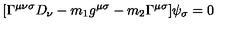
[ \Gamma ^ { \mu \nu \sigma } D _ { \nu } - m _ { 1 } g ^ { \mu \sigma } - m _ { 2 } \Gamma ^ { \mu \sigma } ] \psi _ { \sigma } = 0